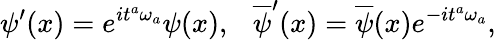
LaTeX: {\psi}^{\prime}(x)=e^{i{t}^{a}{\omega}_{a}}{\psi}(x),\ \ \ \overline{{{\psi}}}^{\prime}(x)=\overline{{{\psi}}}(x)e^{-i{t}^{a}{\omega}_{a}},